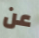
عن